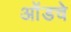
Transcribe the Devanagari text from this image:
ओंडचे